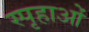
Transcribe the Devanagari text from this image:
स्पृहाओं